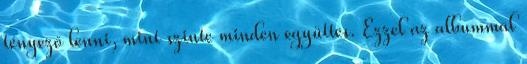
tényező lenni, mint szinte minden együttes. Ezzel az albummal